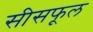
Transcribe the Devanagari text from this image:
सीसफूल